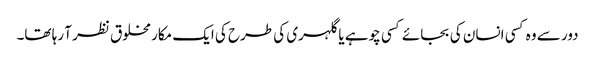
دور سے وہ کسی انسان کی بجائے کسی چوہے یا گلہری کی طرح کی ایک مکار مخلوق نظر آ رہا تھا۔